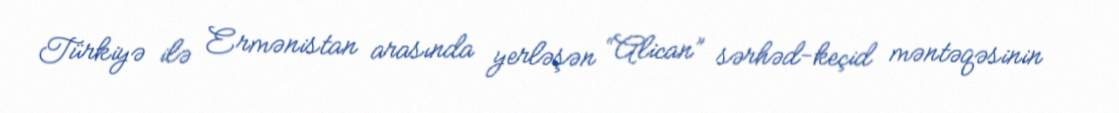
Türkiyə ilə Ermənistan arasında yerləşən “Alican” sərhəd-keçid məntəqəsinin